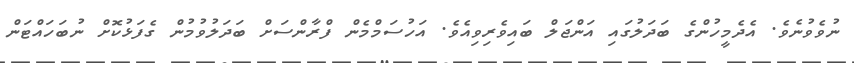
ނުވެވުނެވެ. އެދެމީހުންގެ ބަދަލުގައި އަންޖަލް ބައިވެރިވިއެވެ. އަހުސަމްމެން ފްރާންސަށް ބަދަލުވުމުން ގެފަޅުކޮށް ނުބަހައްޓަން